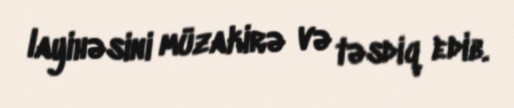
layihəsini müzakirə və təsdiq edib.